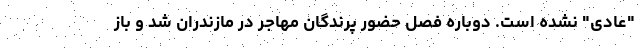
"عادی" نشده است. دوباره فصل حضور پرندگان مهاجر در مازندران شد و باز